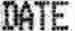
DATE